Vaccination in Burma 1889-1999 - 1889-1999
Year: 1889
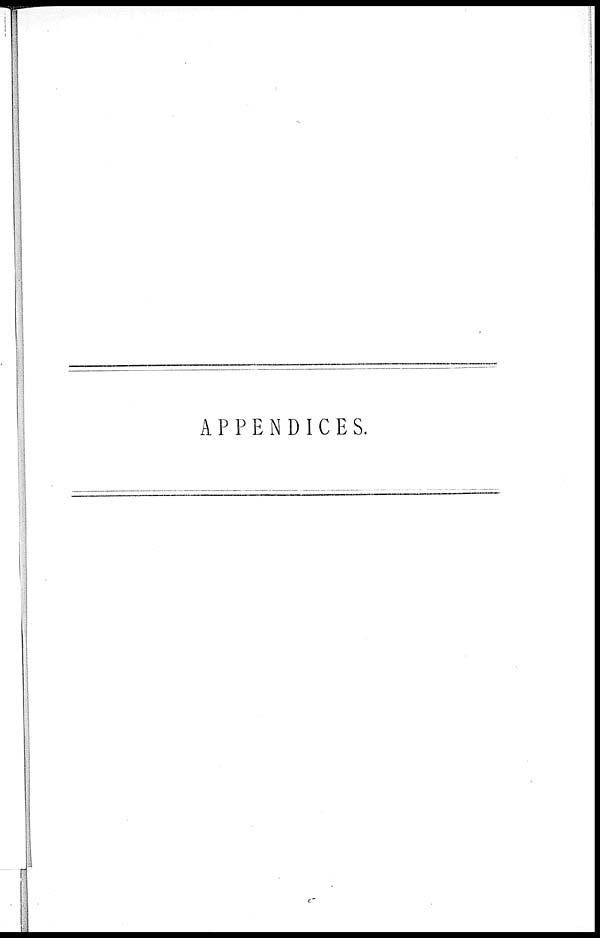
APPENDICES.